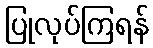
ပြုလုပ်ကြရန်